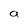
Character: a